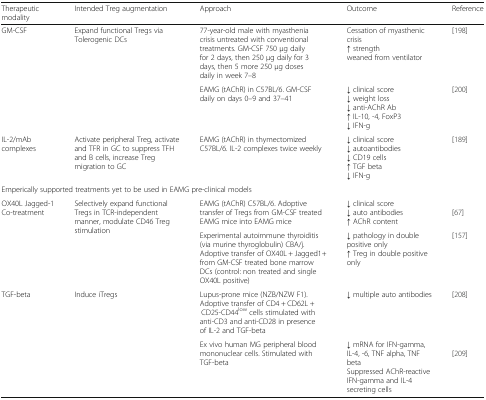
<table><thead><tr><td><b>Therapeutic modality</b></td><td><b>Intended Treg augmentation</b></td><td><b>Approach</b></td><td><b>Outcome</b></td><td><b>Reference</b></td></tr></thead><tbody><tr><td rowspan="2">GM-CSF</td><td rowspan="2">Expand functional Tregs via Tolerogenic DCs</td><td>77-year-old male with myasthenia crisis untreated with conventional treatments. GM-CSF 750 μg daily for 2 days, then 250 μg daily for 3 days, then 5 more 250 μg doses daily in week 7–8</td><td>Cessation of myasthenic crisis↑ strengthweaned from ventilator</td><td>[198]</td></tr><tr><td>EAMG (tAChR) in C57BL/6. GM-CSF daily on days 0–9 and 37–41</td><td>↓ clinical score↓ weight loss↓ anti-AChR Ab↑ IL-10, -4, FoxP3↓ IFN-g</td><td>[200]</td></tr><tr><td>IL-2/mAb complexes</td><td>Activate peripheral Treg, activate and TFR in GC to suppress TFH and B cells, increase Treg migration to GC</td><td>EAMG (tAChR) in thymectomized C57BL/6. IL-2 complexes twice weekly</td><td>↓ clinical score↓ autoantibodies↓ CD19 cells↑ TGF beta↓ IFN-g</td><td>[189]</td></tr><tr><td colspan="5">Emperically supported treatments yet to be used in EAMG pre-clinical models</td></tr><tr><td rowspan="2">OX40L Jagged-1 Co-treatment</td><td rowspan="2">Selectively expand functional Tregs in TCR-independent manner, modulate CD46 Treg stimulation</td><td>EAMG (tAChR) C57BL/6. Adoptive transfer of Tregs from GM-CSF treated EAMG mice into EAMG mice</td><td>↓ clinical score↓ auto antibodies↑ AChR content</td><td>[67]</td></tr><tr><td>Experimental autoimmune thyroiditis (via murine thyroglobulin) CBA/j. Adoptive transfer of OX40L + Jagged1+ from GM-CSF treated bone marrow DCs (control: non treated and single OX40L positive)</td><td>↓ pathology in double positive only↑ Treg in double positive only</td><td>[157]</td></tr><tr><td rowspan="2">TGF-beta</td><td rowspan="2">Induce iTregs</td><td>Lupus-prone mice (NZB/NZW F1). Adoptive transfer of CD4 + CD62L + CD25-CD44<sup>low</sup> cells stimulated with anti-CD3 and anti-CD28 in presence of IL-2 and TGF-beta</td><td>↓ multiple auto antibodies</td><td>[208]</td></tr><tr><td>Ex vivo human MG peripheral blood mononuclear cells. Stimulated with TGF-beta</td><td>↓ mRNA for IFN-gamma, IL-4, -6, TNF alpha, TNF betaSuppressed AChR-reactive IFN-gamma and IL-4 secreting cells</td><td>[209]</td></tr></tbody></table>